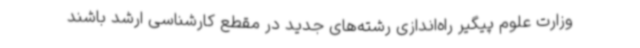
وزارت علوم‌ پیگیر راه‌اندازی رشته‌های جدید در مقطع کارشناسی ارشد باشند